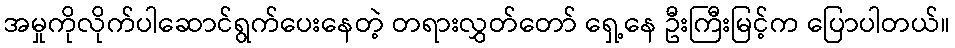
အမှုကိုလိုက်ပါဆောင်ရွက်ပေးနေတဲ့ တရားလွှတ်တော် ရှေ့နေ ဦးကြီးမြင့်က ပြောပါတယ်။